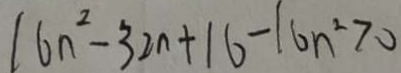
1 6 n ^ { 2 } - 3 2 n + 1 6 - 1 6 n ^ { 2 } > 0